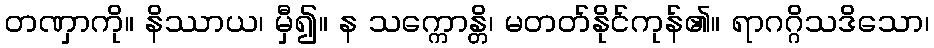
တဏှာကို။ နိဿာယ၊ မှီ၍။ န သက္ကောန္တိ၊ မတတ်နိုင်ကုန်၏။ ရာဂဂ္ဂိသဒိသော၊